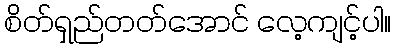
စိတ်ရှည်တတ်အောင် လေ့ကျင့်ပါ။